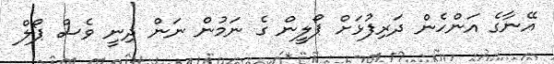
އޭނާގެ އަންހެން ދަރިފުޅަށް ޕޯލީން ގެ ނަމުން ނަން ދިނީ ވެސް ޕޯލް